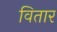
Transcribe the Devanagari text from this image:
वितार